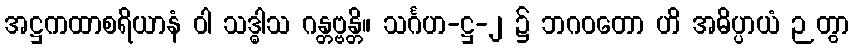
အဋ္ဌကထာစရိယာနံ ဝါ သဒ္ဓါသ ဂန္တဗ္ဗန္တိ။ သင်္ဂဟ-ဋ္ဌ-၂ ၌ ဘဂဝတော ဟိ အဓိပ္ပာယံ ဉတွာ